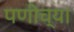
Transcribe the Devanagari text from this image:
पणीच्या